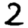
Digit: 2